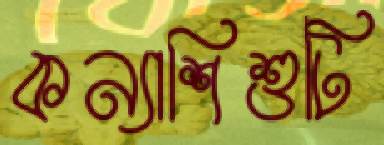
কন্যাশিশুটি